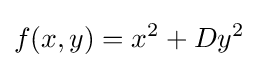
f(x,y)=x^{2}+Dy^{2}